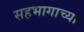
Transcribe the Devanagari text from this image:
सहभागाच्या